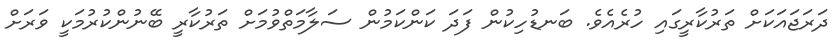
ދަރަޖައަކަށް ތަރުކާރީގައި ހުރެއެވެ. ބަނޑުހިކުން ފަދަ ކަންކަމުން ސަލާމަތްވުމަށް ތަރުކާރީ ބޭނުންކުރުމަކީ ވަރަށް